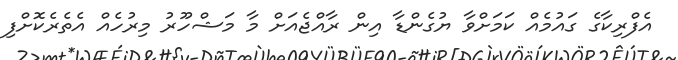
އެފްރިކާގެ ގައުމެއް ކަމަށްވާ ޔުގެންޑާ އިން ރާއްޖެއަށް މާ މަޝްހޫރު މިރުހެއް އެތެރެކޮށްފި